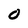
Character: 0